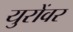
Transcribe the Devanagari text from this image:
युरोंवर